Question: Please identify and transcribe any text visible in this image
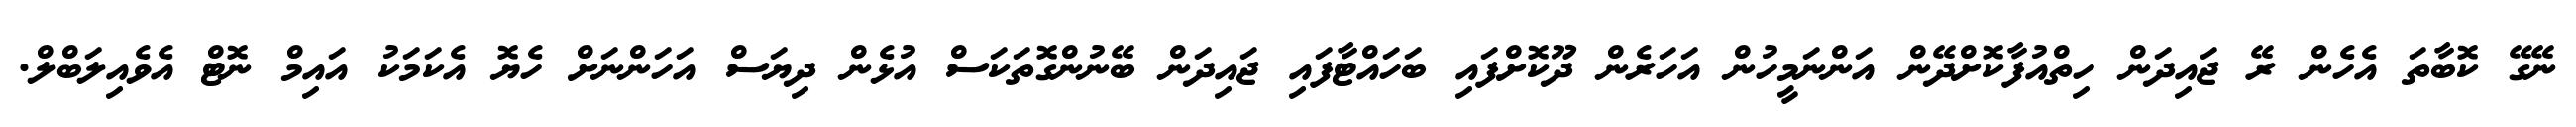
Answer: ނޭގޭ ކޮބާތަ އެހެން ރޭ ޖައިދަން ހިތްއުފާކޮށްދޭން އަންނަމީހުން އަހަރެން ދޫކޮށްފައި ބަހައްޓާފައި ޖައިދަން ބޭނުންގޮތަކަސް އުޅެން ދިޔަސް އަހަންނަށް ހެޔޮ އެކަމަކު އައިމް ނޮޓް އެވެއިލަބްލް.